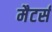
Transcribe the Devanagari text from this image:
मैटर्स